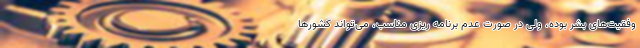
وفقیت‌های بشر بوده، ولی در صورت عدم برنامه ریزی مناسب، می‌تواند کشورها